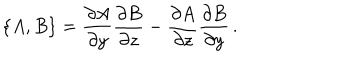
\{ A , B \} = { \frac { \partial A } { \partial y } } { \frac { \partial B } { \partial z } } - { \frac { \partial A } { \partial z } } { \frac { \partial B } { \partial y } } \, .